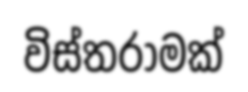
විස්තරාමක්